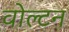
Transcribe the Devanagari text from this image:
वोल्टन